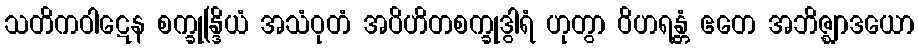
သတိကဝါဋေန စက္ခုန္ဒြိယံ အသံဝုတံ အပိဟိတစက္ခုဒွါရံ ဟုတွာ ဝိဟရန္တံ ဧတေ အဘိဇ္ဈာဒယော